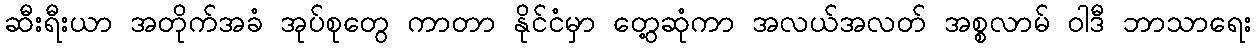
ဆီးရီးယာ အတိုက်အခံ အုပ်စုတွေ ကာတာ နိုင်ငံမှာ တွေ့ဆုံကာ အလယ်အလတ် အစ္စလာမ် ဝါဒီ ဘာသာရေး